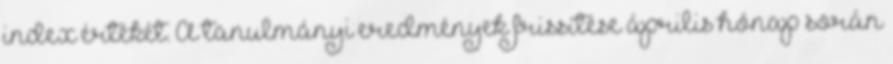
index értékét. A tanulmányi eredmények frissítése április hónap során